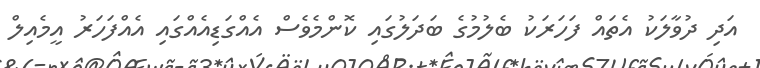
އަދި ދުވާލަކު އެތައް ފަހަރަކު ބެލުމުގެ ބަދަލުގައި ކޮންމެވެސް އެއްގަޑިއެއްގައި އެއްފަހަރު އީމެއިލް